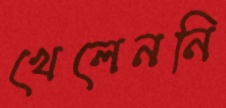
খেলেননি